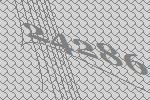
24286